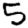
Digit: 5